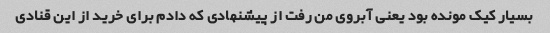
بسیار کیک مونده بود یعنی آبروی من رفت از پیشنهادی که دادم برای خرید از این قنادی